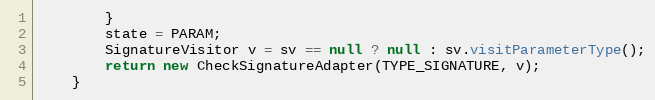
Language: Java
        }
        state = PARAM;
        SignatureVisitor v = sv == null ? null : sv.visitParameterType();
        return new CheckSignatureAdapter(TYPE_SIGNATURE, v);
    }